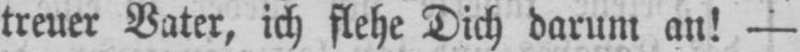
treuer Vater, ich flehe Dich darum an! -